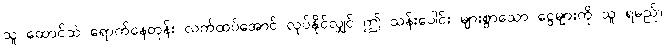
သူ ထောင်ထဲ ရောက်နေတုန်း လက်ထပ်အောင် လုပ်နိုင်လျှင် ဤ သန်းပေါင်း များစွာသော ငွေများကို သူ ရမည်။